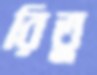
রিতু